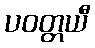
ပဝတ္တယီ